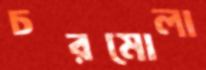
চরমোলা